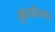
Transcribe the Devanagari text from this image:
कृतौजा।